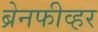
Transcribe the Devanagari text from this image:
ब्रेनफीव्हर